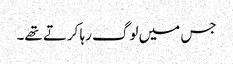
جس میں لوگ رہا کرتے تھے۔